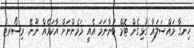
ހިނގާ މައްސަލައާ ގުޅިގެން ޓޮމް ބުނާނަމަ އެއީ މަމެންނަށް އާކަމެއް ނޫނޭ. ރިސޯރޓް